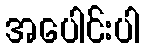
အပေါင်းပါ